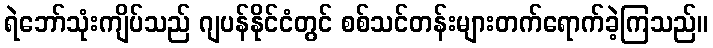
ရဲဘော်သုံးကျိပ်သည် ဂျပန်နိုင်ငံတွင် စစ်သင်တန်းများတက်ရောက်ခဲ့ကြသည်။